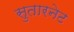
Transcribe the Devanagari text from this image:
सुतारनेट